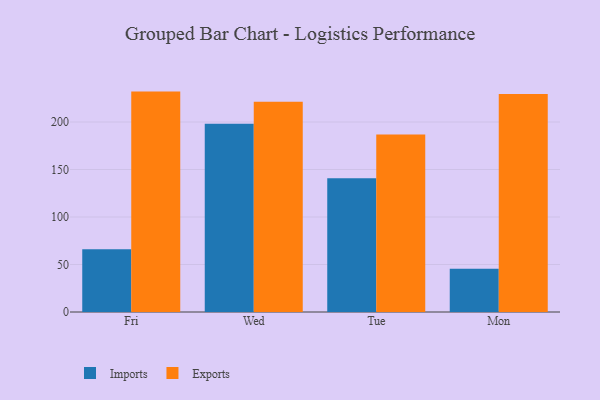
{"axis": {"x": "Day", "y": "Energy Usage (MWh)"}, "legend": ["Exports", "Imports"], "data": [{"x": "Fri", "y": 66.0, "type": "Imports"}, {"x": "Fri", "y": 232.0, "type": "Exports"}, {"x": "Wed", "y": 198.2, "type": "Imports"}, {"x": "Wed", "y": 221.3, "type": "Exports"}, {"x": "Tue", "y": 140.9, "type": "Imports"}, {"x": "Tue", "y": 186.8, "type": "Exports"}, {"x": "Mon", "y": 45.6, "type": "Imports"}, {"x": "Mon", "y": 229.4, "type": "Exports"}]}